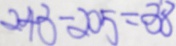
2 4 3 - 2 0 5 = 3 8